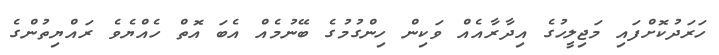
ހަރަދުކޮށްފައި މަޖިލީހުގެ އިދާރާއެއް ވަކިން ހިންގުމުގެ ބޭނުމެއް އެބަ އޮތް ހެއްޔެވެ ރައްޔިތުންގެ